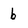
Character: b